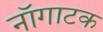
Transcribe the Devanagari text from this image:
नॉगाटक